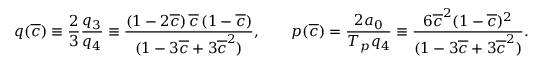
\begin{array} { c c c } { \displaystyle { q ( \overline { { c } } ) \equiv \frac { 2 } { 3 } \frac { q _ { 3 } } { q _ { 4 } } \equiv \frac { ( 1 - 2 \overline { { c } } ) \, \overline { { c } } \, ( 1 - \overline { { c } } ) } { ( 1 - 3 \overline { { c } } + 3 \overline { { c } } ^ { 2 } ) } , \qquad p ( \overline { { c } } ) = \frac { 2 a _ { 0 } } { T _ { p } q _ { 4 } } \equiv \frac { 6 \overline { { c } } ^ { 2 } ( 1 - \overline { { c } } ) ^ { 2 } } { ( 1 - 3 \overline { { c } } + 3 \overline { { c } } ^ { 2 } ) } . } } \end{array}